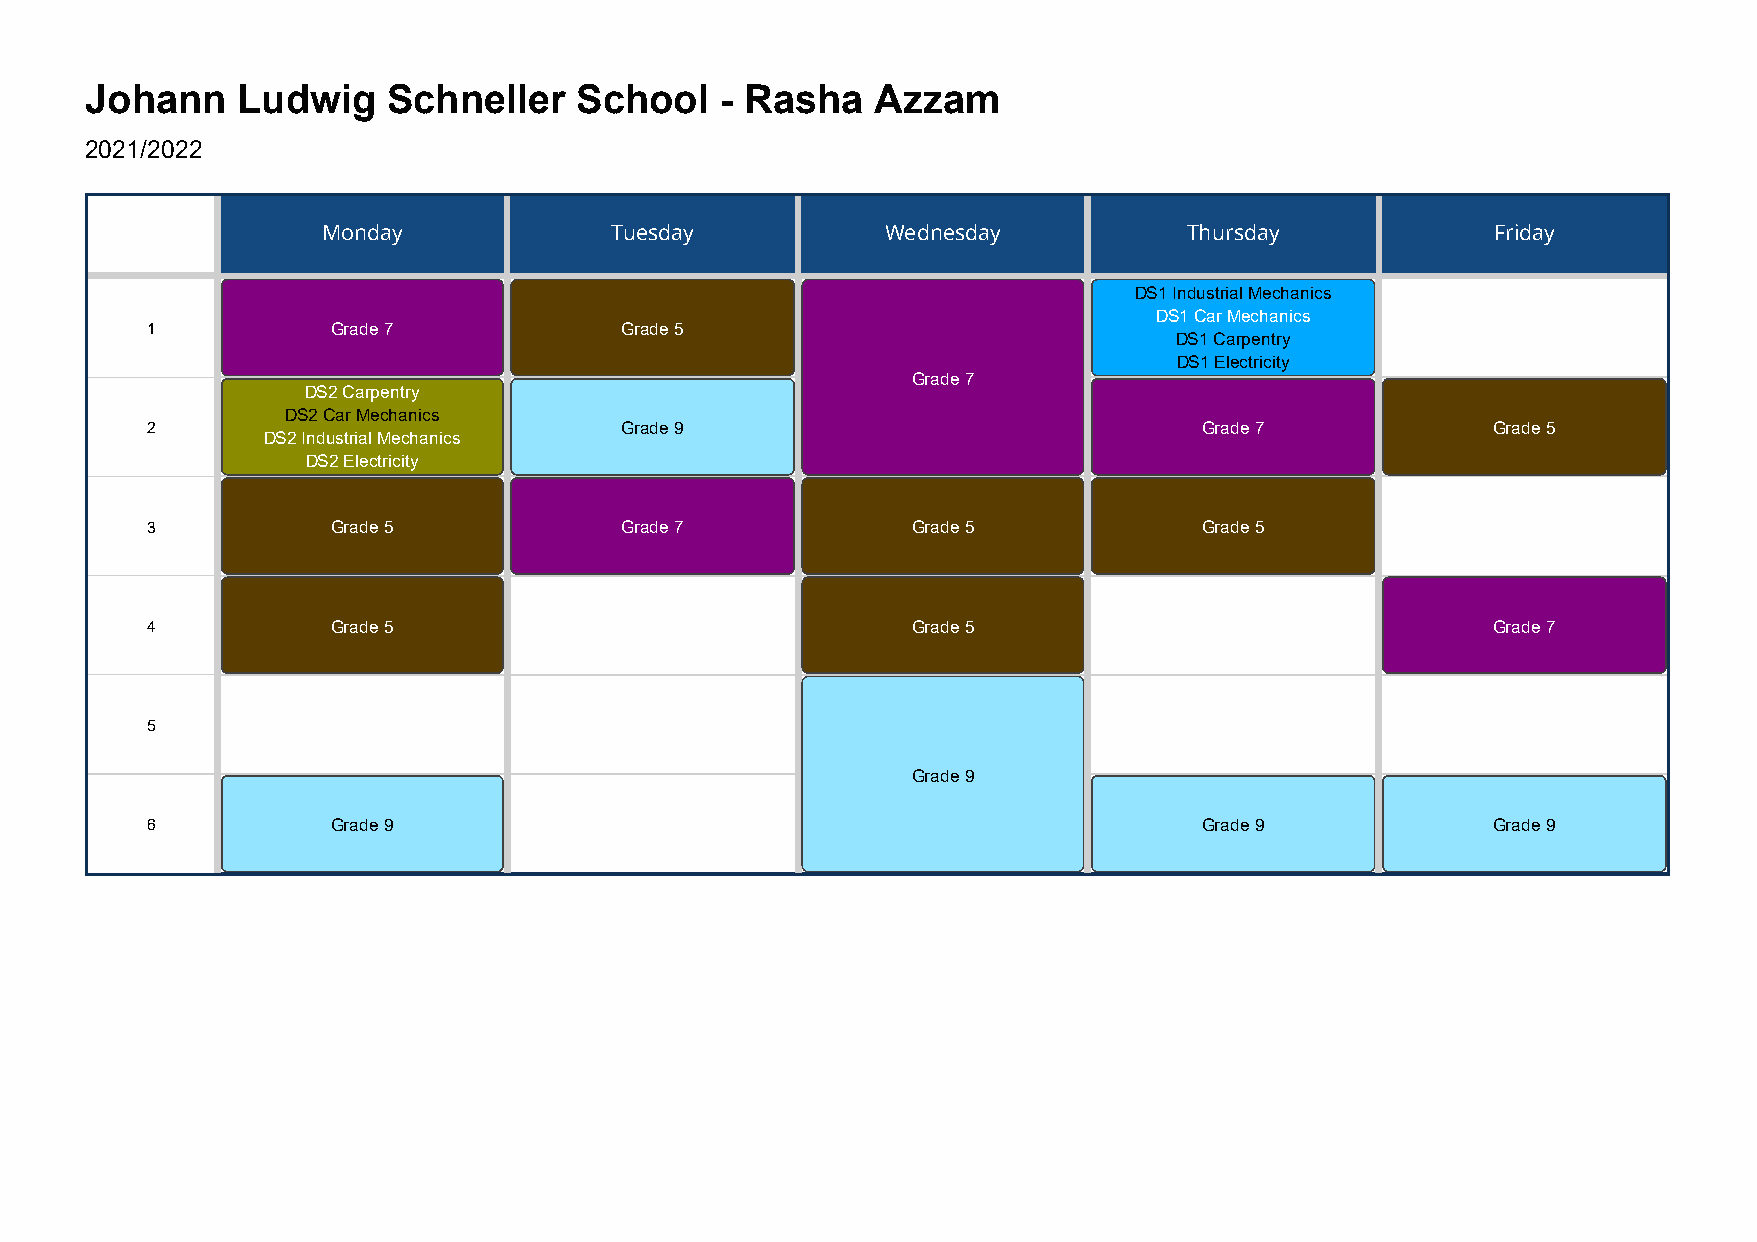
Johann    Ludwig    Schneller   School    - Rasha   Azzam
 2021/2022
 Monday             Tuesday            Wednesday           Thursday            Friday
 DS1 Industrial Mechanics
 DS1 Car Mechanics
 1           Grade 7            Grade 5
 DS1 Carpentry
 DS1 Electricity
 Grade 7
 DS2 Carpentry
 DS2 Car Mechanics
 2                              Grade 9                                Grade 7            Grade 5
 DS2 Industrial Mechanics
 DS2 Electricity
 3           Grade 5            Grade 7            Grade 5             Grade 5
 4           Grade 5                               Grade 5                                Grade 7
 5
 Grade 9
 6           Grade 9                                                   Grade 9            Grade 9